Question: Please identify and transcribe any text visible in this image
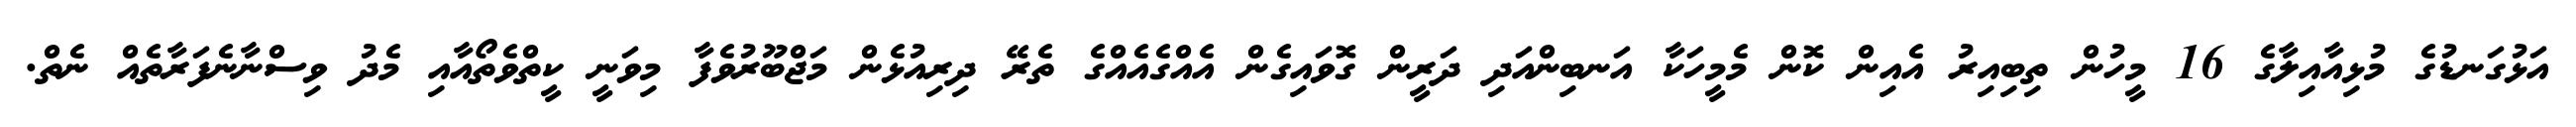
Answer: އަޅުގަނޑުގެ މުޅިއާއިލާގެ 16 މީހުން ތިބިއިރު އެއިން ކޮން މެމީހަކާ އަނބިންއަދި ދަރީން ގޮވައިގެން އެއްގެއެއްގެ ތެރޭ ދިރިއުޅެން މަޖްބޫރުވެފާ މިވަނީ ކީތްވެތޯއާއި މެދު ވިސްނާނެފަރާތެއް ނެތް.